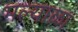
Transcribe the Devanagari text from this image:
मल्याळा